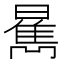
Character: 𱢫